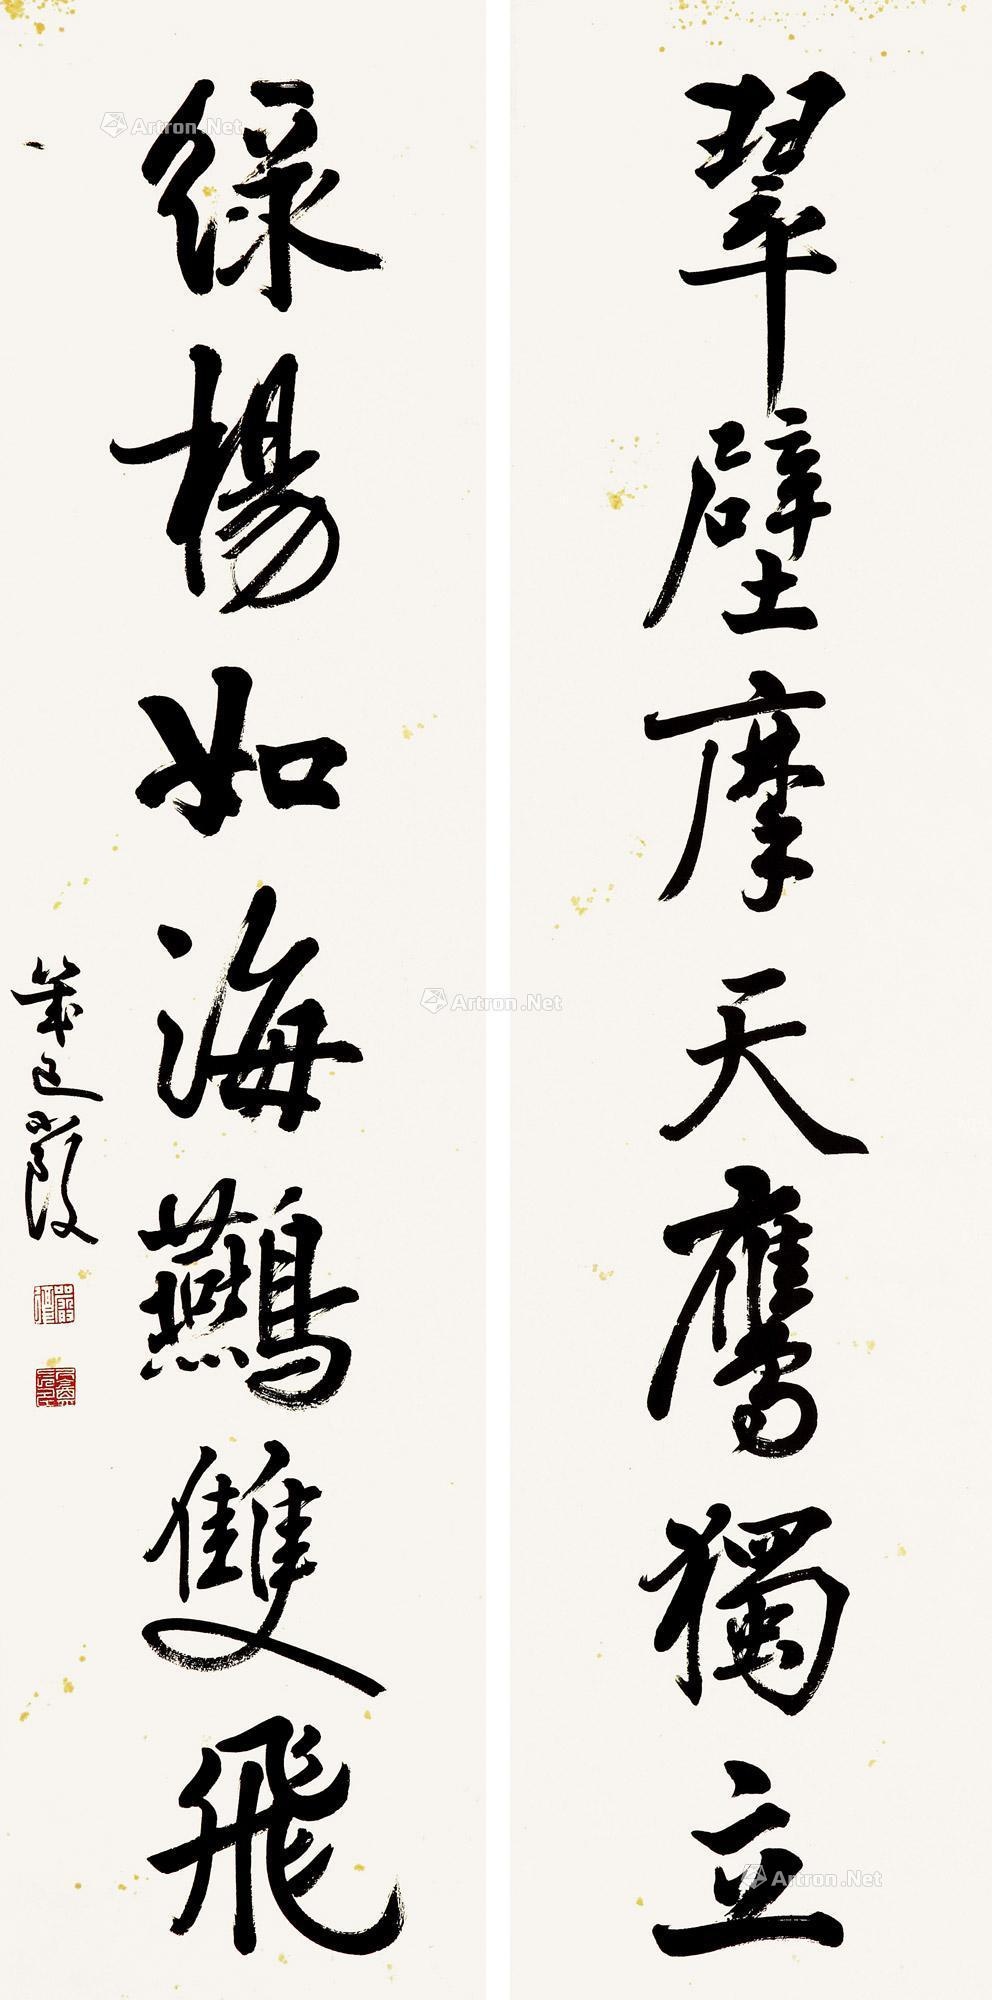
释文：翠壁摩天鹰独立，绿杨如海䴏双飞。几道复